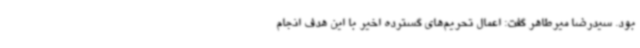
بود. سیدرضا میرطاهر گفت: اعمال تحریم‌های گسترده اخیر با این هدف انجام